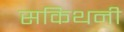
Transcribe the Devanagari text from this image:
सकिथनी